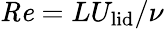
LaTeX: \mathit{Re}=LU_{\textrm{lid}}/\nu